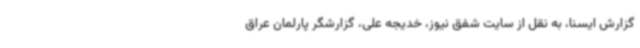
گزارش ایسنا، به نقل از سایت شفق نیوز، خدیجه علی، گزارشگر پارلمان عراق